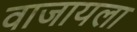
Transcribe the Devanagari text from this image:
वाजायला